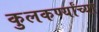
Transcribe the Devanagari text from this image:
कुलकर्ण्यांच्या